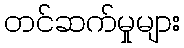
တင်ဆက်မှုများ